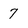
Character: 7